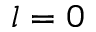
l = 0